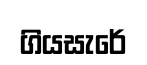
ගියසැරේ